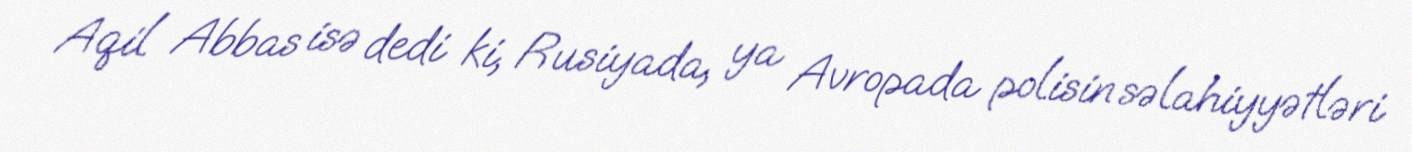
Aqil Abbas isə dedi ki, Rusiyada, ya Avropada polisin səlahiyyətləri